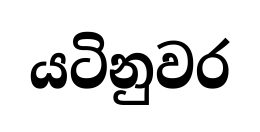
යටිනුවර